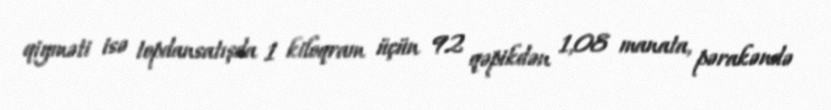
qiyməti isə topdansatışda 1 kiloqram üçün 92 qəpikdən 1,08 manata, pərakəndə